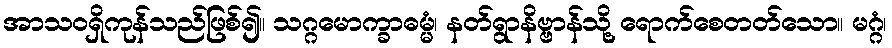
အာသဝရှိကုန်သည်ဖြစ်၍။ သဂ္ဂမောက္ခာဓမ္မံ၊ နတ်ရွာနိဗ္ဗာန်သို့ ရောက်စေတတ်သော။ မဂ္ဂံ၊